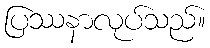
ပြဿနာလုပ်သည်။